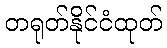
တရုတ်နိုင်ငံထုတ်